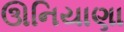
ઊનિયાણા